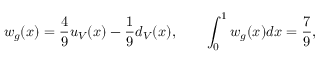
w _ { g } ( x ) = \frac { 4 } { 9 } u _ { V } ( x ) - \frac { 1 } { 9 } d _ { V } ( x ) , \qquad \int _ { 0 } ^ { 1 } w _ { g } ( x ) d x = \frac { 7 } { 9 } ,